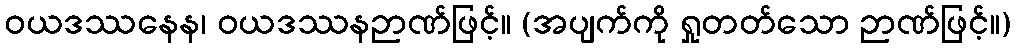
ဝယဒဿနေန၊ ဝယဒဿနဉာဏ်ဖြင့်။ (အပျက်ကို ရှုတတ်သော ဉာဏ်ဖြင့်။)